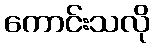
ကောင်းသလို